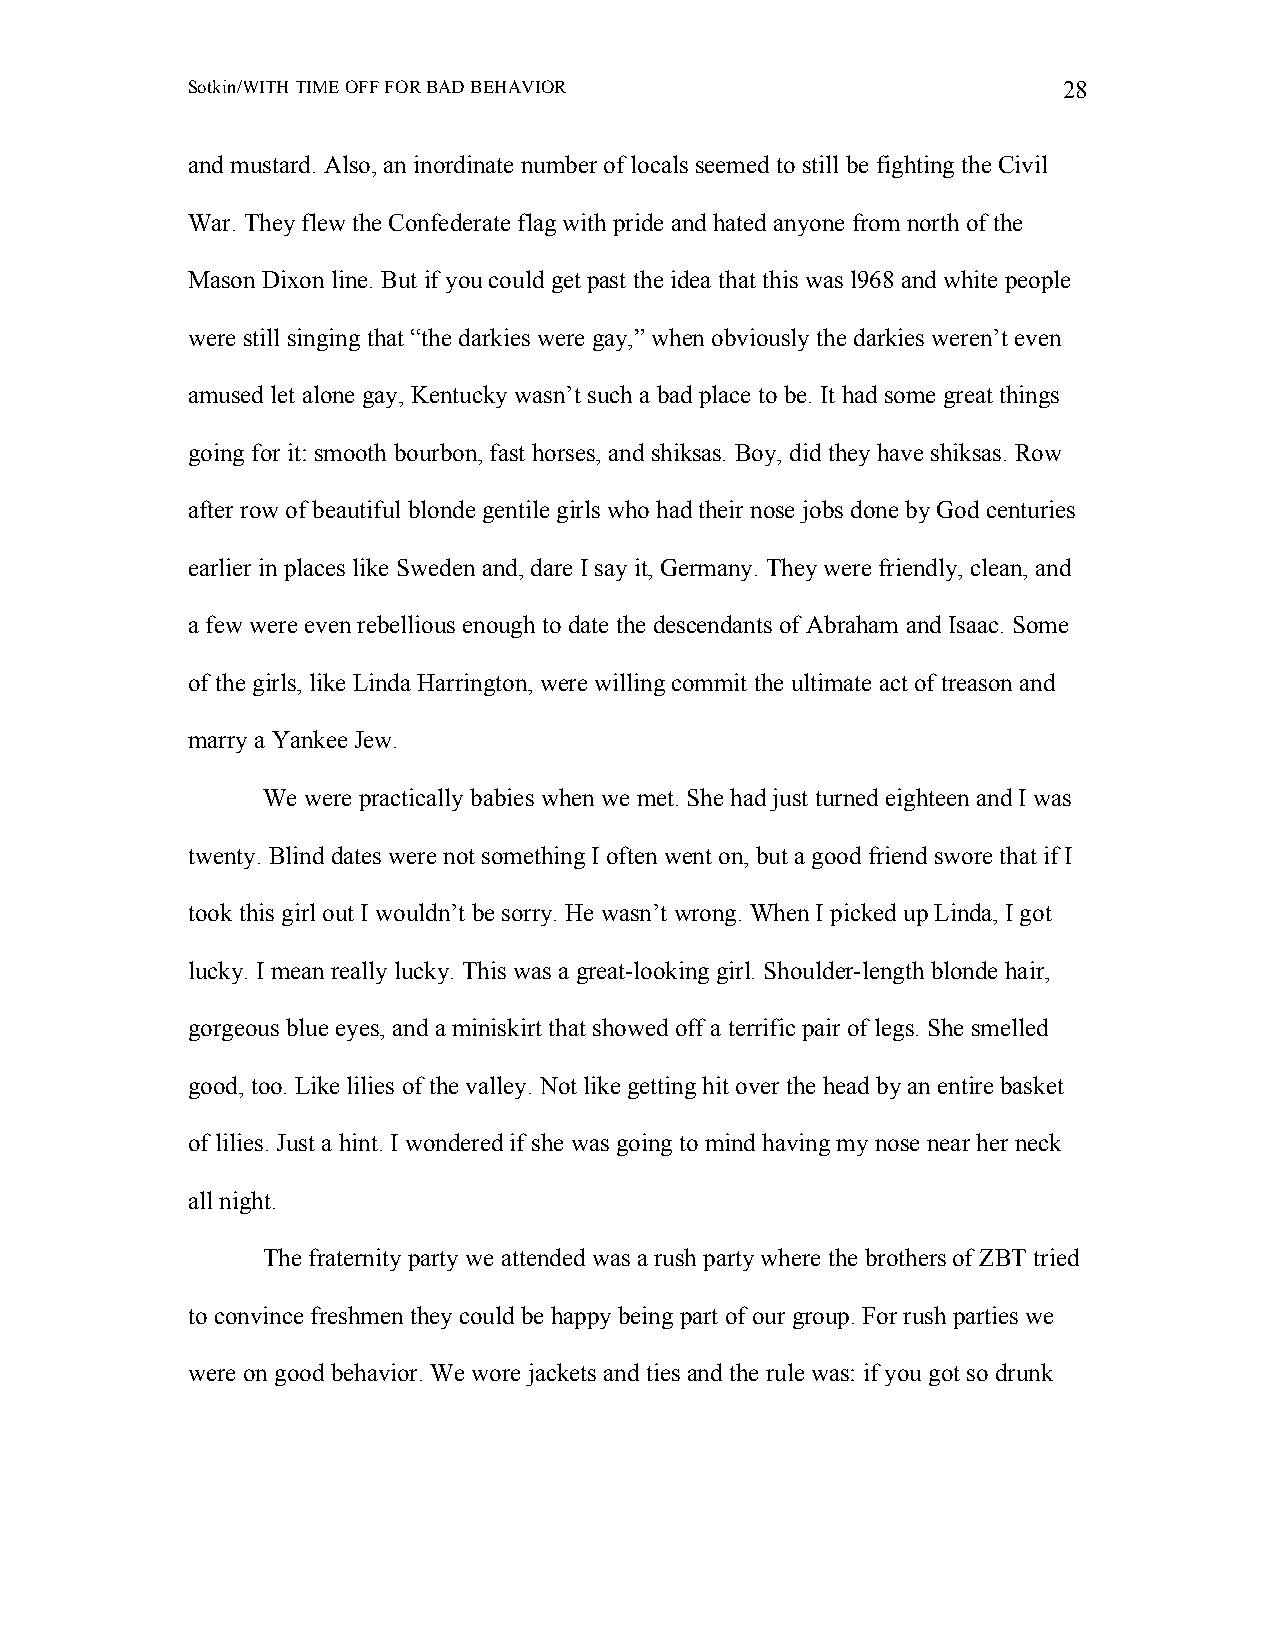
Sotkin/WITH TIME OFF FOR BAD BEHAVIOR                     28
 and mustard. Also, an inordinate number of locals seemed to still be fighting the Civil
 War. They flew the Confederate flag with pride and hated anyone from north of the
 Mason Dixon line. But if you could get past the idea that this was l968 and white people
 were still singing that “the darkies were gay,” when obviously the darkies weren’t even
 amused let alone gay, Kentucky wasn’t such a bad place to be. It had some great things
 going for it: smooth bourbon, fast horses, and shiksas. Boy, did they have shiksas. Row
 after row of beautiful blonde gentile girls who had their nose jobs done by God centuries
 earlier in places like Sweden and, dare I say it, Germany. They were friendly, clean, and
 a few were even rebellious enough to date the descendants of Abraham and Isaac. Some
 of the girls, like Linda Harrington, were willing commit the ultimate act of treason and
 marry a Yankee Jew.
 We were practically babies when we met. She had just turned eighteen and I was
 twenty. Blind dates were not something I often went on, but a good friend swore that if I
 took this girl out I wouldn’t be sorry. He wasn’t wrong. When I picked up Linda, I got
 lucky. I mean really lucky. This was a great-looking girl. Shoulder-length blonde hair,
 gorgeous blue eyes, and a miniskirt that showed off a terrific pair of legs. She smelled
 good, too. Like lilies of the valley. Not like getting hit over the head by an entire basket
 of lilies. Just a hint. I wondered if she was going to mind having my nose near her neck
 all night.
 The fraternity party we attended was a rush party where the brothers of ZBT tried
 to convince freshmen they could be happy being part of our group. For rush parties we
 were on good behavior. We wore jackets and ties and the rule was: if you got so drunk